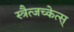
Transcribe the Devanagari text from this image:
स्त्रैत्जच्केत्स्